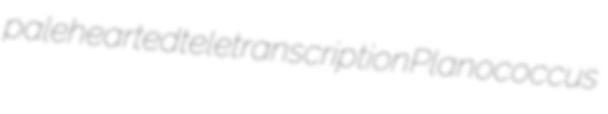
palehearted teletranscription Planococcus